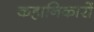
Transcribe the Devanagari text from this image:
कहानिकारों